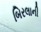
બિરલાની